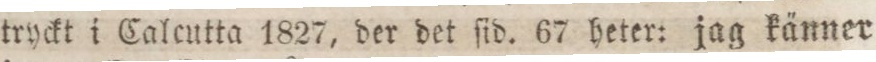
tryckt i Calcutta 1827, der det ſid. 67 heter: jag känner